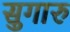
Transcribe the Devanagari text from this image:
सुगारु